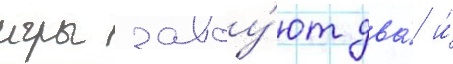
игры завоу́ют два́ и́